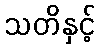
သတိနှင့်